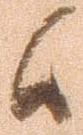
候